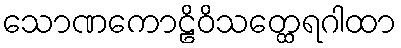
သောဏကောဠိဝိသတ္ထေရဂါထာ